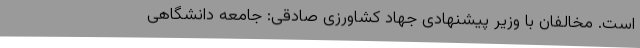
است. مخالفان با وزیر پیشنهادی جهاد کشاورزی صادقی: جامعه دانشگاهی